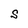
Character: S